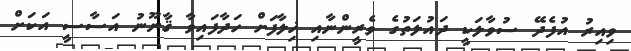
ވިއިރު އުފެދޭ ސުވާލަކީ ދައުލަތުގެ ވެރީންނާއި ޚިލާފަށް ހަދާފައިވާ ޤާނޫނު އަސާސީ އަކަށް